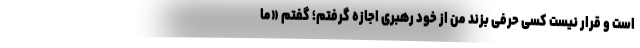
است و قرار نیست کسی حرفی بزند من از خود رهبری اجازه گرفتم؛ گفتم «ما